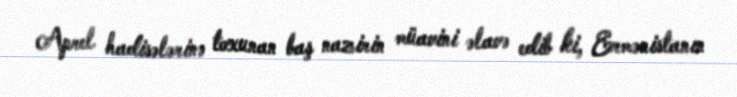
Aprel hadisələrinə toxunan baş nazirin müavini əlavə edib ki, Ermənistanın